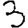
Digit: 3